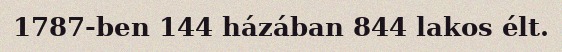
1787-ben 144 házában 844 lakos élt.